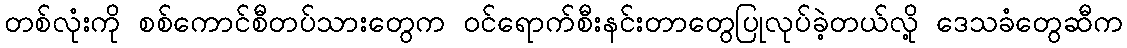
တစ်လုံးကို စစ်ကောင်စီတပ်သားတွေက ဝင်ရောက်စီးနင်းတာတွေပြုလုပ်ခဲ့တယ်လို့ ဒေသခံတွေဆီက